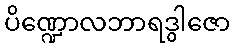
ပိဏ္ဍောလဘာရဒွါဇော